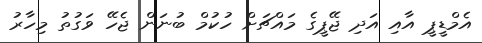
އެމްޑީޕީ އާއި އަދި ޖޭޕީގެ މައްޗަށް ހުކުމް ބުނަން ޖެހޭ ވަގުތު މިހާރު